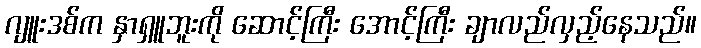
ဂျူးဒစ်က နှာရှူဘူးကို ဆောင့်ကြီး အောင့်ကြီး ချာလည်လှည့်နေသည်။